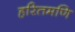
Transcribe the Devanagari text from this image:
हरितमणि